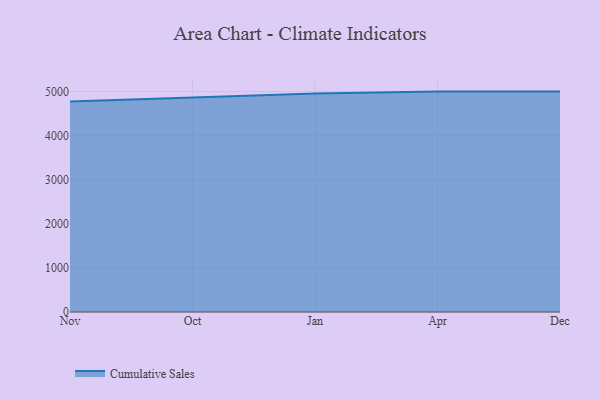
{"axis": {"x": "Month", "y": "Demand Index"}, "legend": ["Cumulative Sales"], "data": [{"x": "Nov", "y": 4774.9, "type": "Cumulative Sales"}, {"x": "Oct", "y": 4873.6, "type": "Cumulative Sales"}, {"x": "Jan", "y": 4959.7, "type": "Cumulative Sales"}, {"x": "Apr", "y": 5000, "type": "Cumulative Sales"}, {"x": "Dec", "y": 5000, "type": "Cumulative Sales"}]}